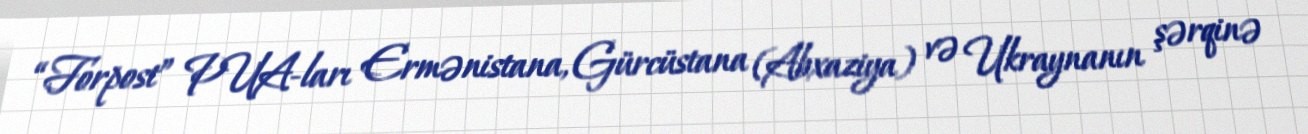
“Forpost” PUA-ları Ermənistana, Gürcüstana (Abxaziya) və Ukraynanın şərqinə